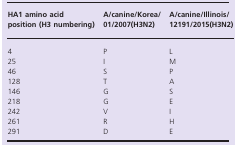
| HA1 amino acid position (H3 numbering) | A/canine/Korea/01/2007(H3N2) | A/canine/Illinois/12191/2015(H3N2) |
 | --- | --- | --- |
 | 4 | P | L |
 | 25 | I | M |
 | 46 | S | P |
 | 128 | T | A |
 | 146 | G | S |
 | 218 | G | E |
 | 242 | V | I |
 | 261 | R | H |
 | 291 | D | E |